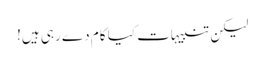
لیکن تنبیہات کیا کام دے رہی ہیں!